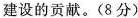
建设的贡献。(8分)